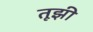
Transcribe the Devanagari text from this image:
तूझी